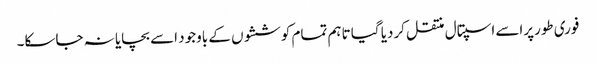
فوری طورپراسے اسپتال منتقل کردیا گیا تاہم تمام کوششوں کے باوجود اسے بچایا نہ جاسکا۔